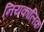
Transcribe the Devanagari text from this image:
नियकालिक